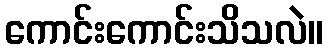
ကောင်းကောင်းသိသလဲ။